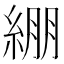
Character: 綳